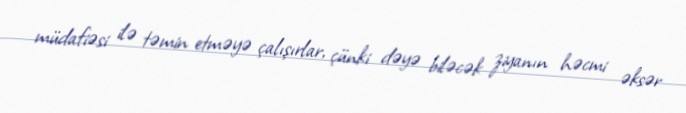
müdafiəsi ilə təmin etməyə çalışırlar, çünki dəyə biləcək ziyanın həcmi əksər